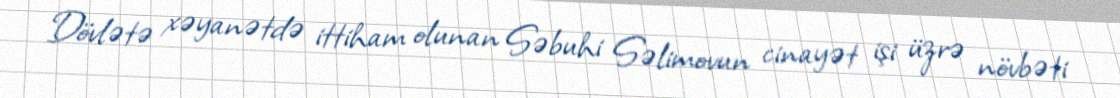
Dövlətə xəyanətdə ittiham olunan Səbuhi Səlimovun cinayət işi üzrə növbəti